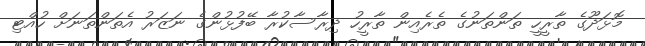
މޮޅަދޫގެ ތާރީހީ ތަންތަނުގެ ތެރެއިން ތާރީހު ދިރާސާކުރާ ބޭފުޅުންގެ ނަޒަރު އެތަންތަނަށް ހުއްޓި